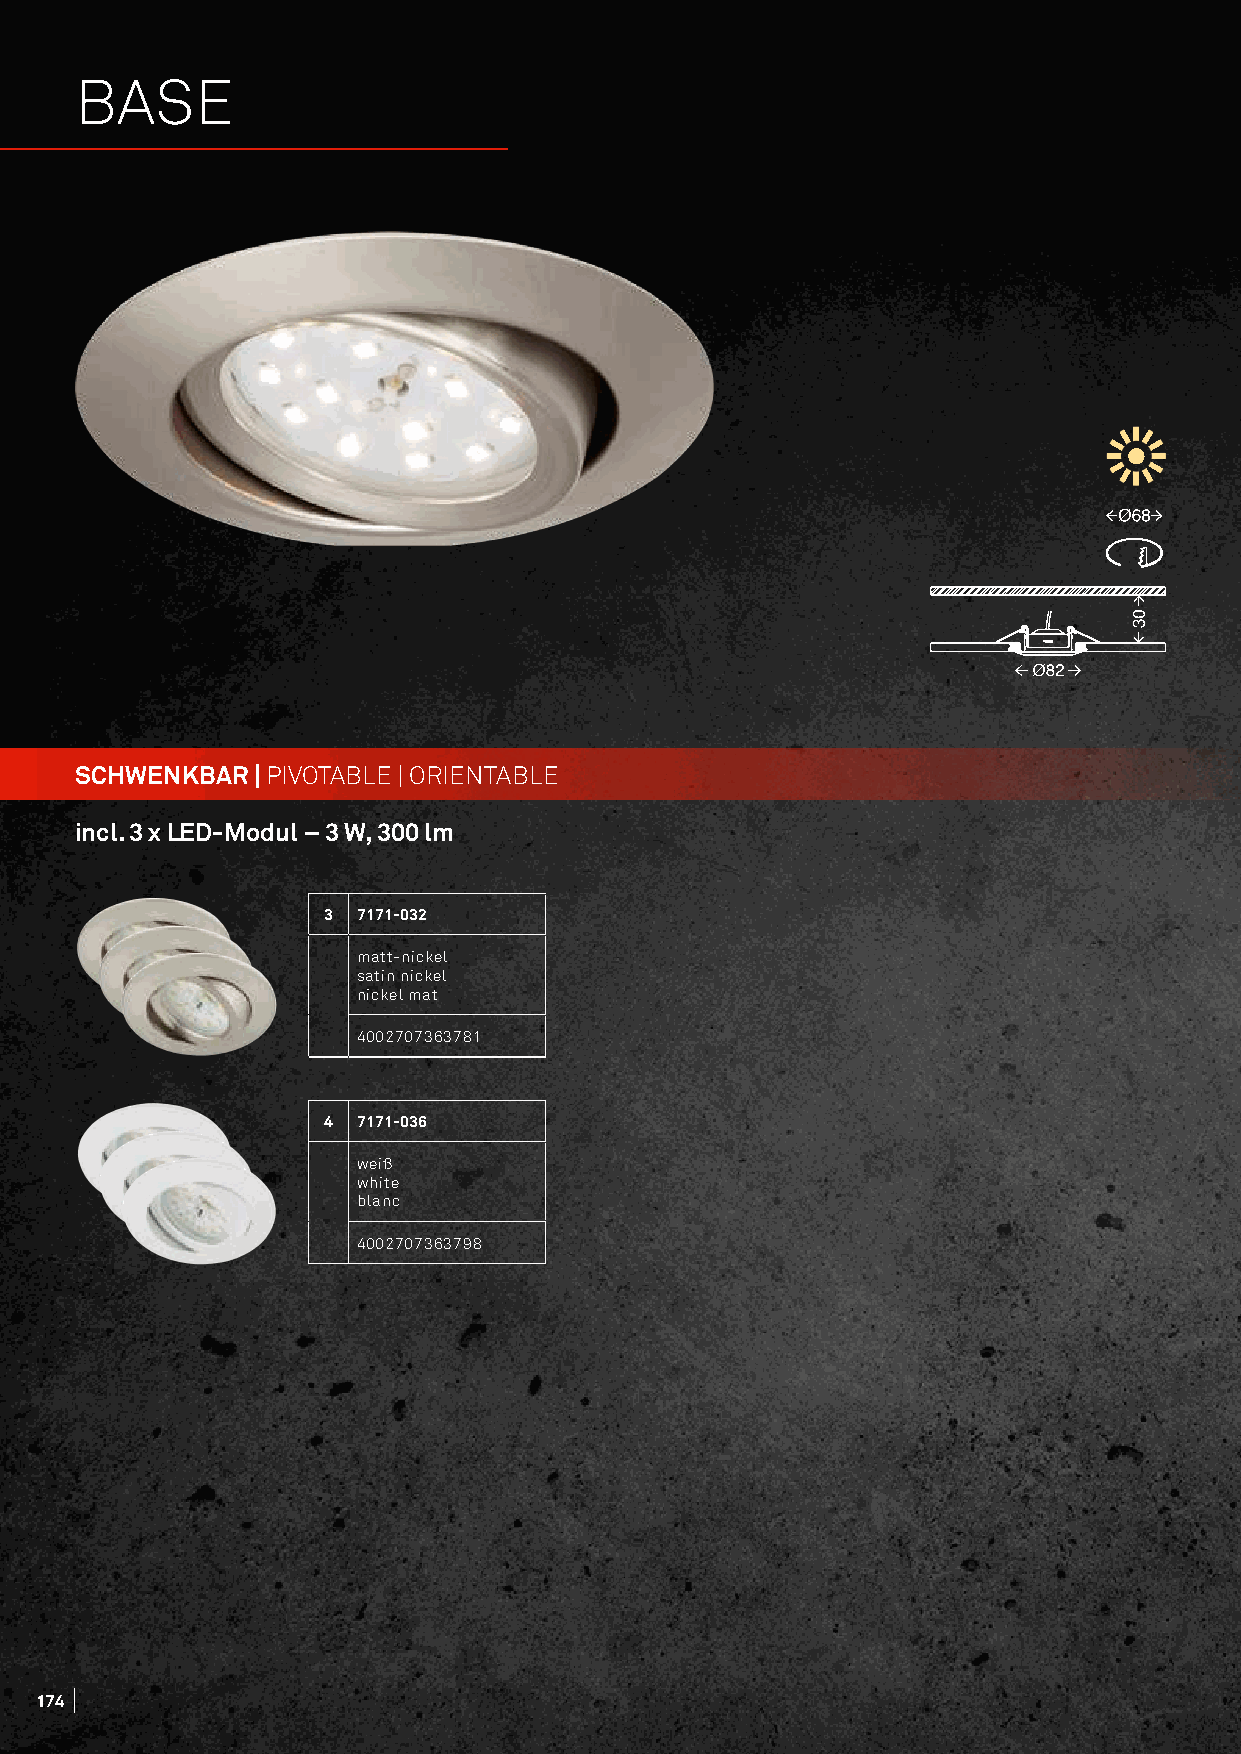
BASE
 SCHWENKBAR  | PIVOTABLE | ORIENTABLE
 incl. 3 x LED-Modul – 3 W, 300 lm
 3  7171-032
 matt-nickel
 satin nickel
 nickel mat
 4002707363781
 4  7171-036
 weiß
 white
 blanc
 4002707363798
 174